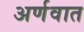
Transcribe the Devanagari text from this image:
अर्णवात